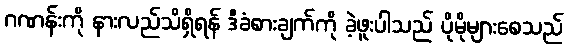
ဂဏန်းကို နားလည်သိရှိရန် ဒီခံစားချက်ကို ခဲ့ဖူးပါသည် ပိုမိုများစေသည်